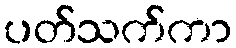
ပတ်သက်ကာ